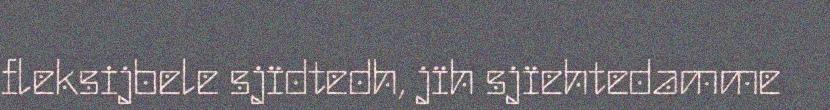
fleksijbele sjïdtedh, jïh sjïehtedamme